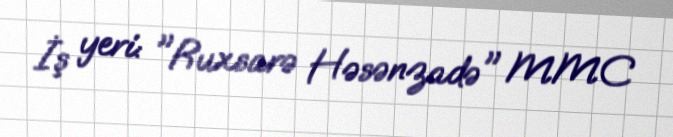
İş yeri: "Ruxsarə Həsənzadə" MMC